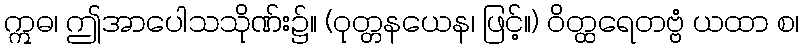
ဣဓ၊ ဤအာပေါသသိုဏ်း၌။ (ဝုတ္တနယေန၊ ဖြင့်။) ဝိတ္ထရေတဗ္ဗံ ယထာ စ၊